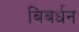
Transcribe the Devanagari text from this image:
बिबर्धन